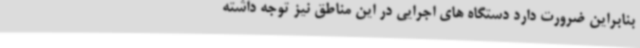
بنابراین ضرورت دارد دستگاه های اجرایی در این مناطق نیز توجه داشته